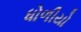
ધોળીયો